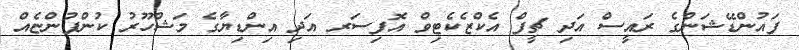
ފައުންޑޭޝަންގެ ރައީސް އަދި ޗީފް އެކްޒެކެޓިވް އޮފިސަރ އަދި އިންޑިޔާގެ މަޝްހޫރު ކުންފުންޏެއް